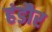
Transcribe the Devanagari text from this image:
हंडौर